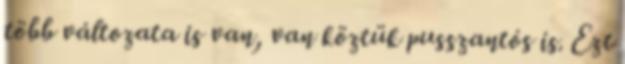
több változata is van, van köztük pusszantós is. Ezt